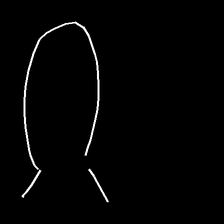
Glyph: weave